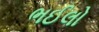
ભઈલો